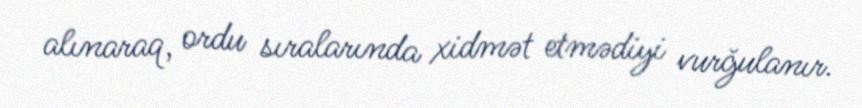
alınaraq, ordu sıralarında xidmət etmədiyi vurğulanır.